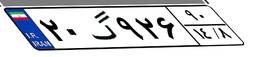
۵۸گ۱۰۴۴۸